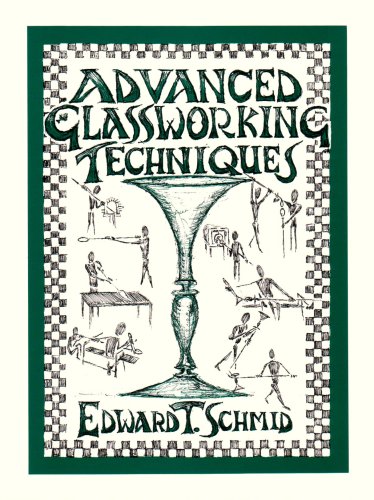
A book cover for Advanced Glassworking Techniques: An Enlightened Manuscript; Edward T. Schmid; Crafts, Hobbies & Home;